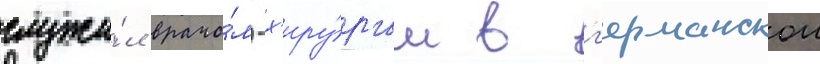
служи́л врачо́м-х'иру́ргом в г'ерманскои